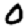
Digit: 0